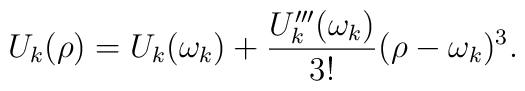
U_{k}(\rho)=U_{k}(\omega_{k})+\frac{U'''_{k}(\omega_{k})}{3!}(\rho-\omega_{k})^{3}.